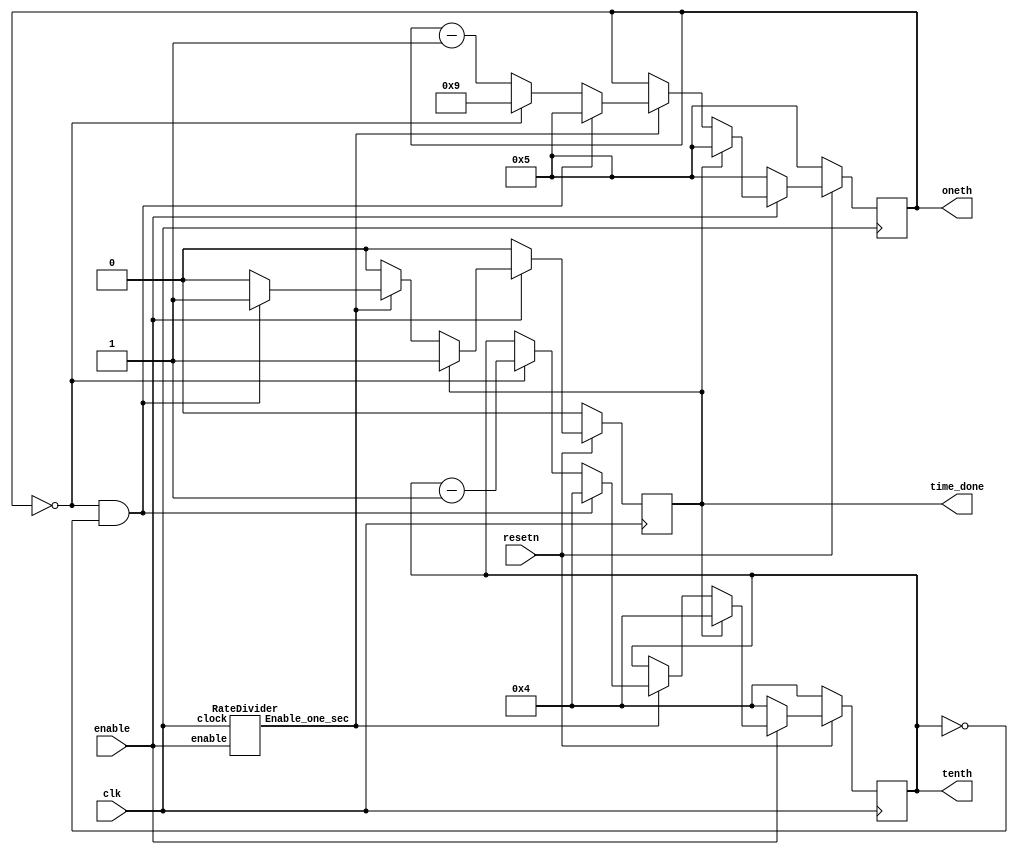
module counterDown(input enable, 
	    input clk,
	    input resetn,
	    output reg [3:0] tenth,
	    output reg [3:0] oneth,
	    output reg time_done
	    );

wire one_second;

always @(posedge clk) begin
    if (!resetn) begin
	oneth <= 4'd5;
	tenth <= 4'd4;
	time_done <= 1'b0;
    end

    else if (enable) begin
	 
	 if (time_done == 1'b1) begin
		time_done <= 1'b1;
		oneth <= 4'd5;
	   tenth <= 4'd4;
	 end
	 
    else if(one_second) begin
	   if (oneth == 4'b0 && tenth == 4'b0) begin
	     time_done <= 1'b1;
	     oneth <= 4'd5;
	     tenth <= 4'd4;
	   end
	   else if (oneth == 4'b0) begin
	     tenth <= tenth - 1'b1;
 	     oneth <= 4'd9;
		  time_done <= 1'b0;
	   end
	   else begin
	     tenth <= tenth;
	     oneth <= oneth - 1'b1;
		  time_done <= 1'b0;
	   end
	end
    end
    else begin
	oneth <= 4'd5;
	tenth <= 4'd4;
	time_done <= 1'b0;
    end

end

RateDivider r1(clk, one_second, enable);

endmodule

// select which speed 
module RateDivider (clock, Enable_one_sec, enable);
	input enable;
	input clock;
	output Enable_one_sec;
   reg [27:0] Q = 26'b10111110101111000001111111;

	
	counterUP c0(Q, clock, Enable_one_sec, enable);

endmodule


module counterUP(Q, clock, Enable_one_sec, enable);
		input enable;
		input clock;
		output reg Enable_one_sec;
		input [27:0] Q;
		reg [27:0] counter = 0;
		
		always @(posedge clock) begin
		if (enable) begin
			if (counter == Q) begin
				counter <= 0;
				Enable_one_sec <= 1;
			end
			else begin
				counter <= counter + 1'b1;
				Enable_one_sec <= 0;
			end
		end

		else begin
			counter <= 0;
		end
		end
		

endmodule